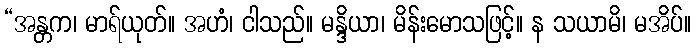
“အန္တက၊ မာရ်ယုတ်။ အဟံ၊ ငါသည်။ မန္ဒိယာ၊ မိန်းမောသဖြင့်။ န သယာမိ၊ မအိပ်။